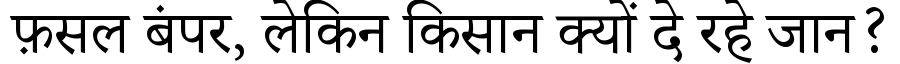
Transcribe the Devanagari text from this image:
फ़सल बंपर, लेकिन किसान क्यों दे रहे जान?